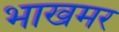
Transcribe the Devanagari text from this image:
भाखमर